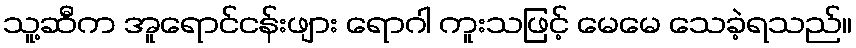
သူ့ဆီက အူရောင်ငန်းဖျား ရောဂါ ကူးသဖြင့် မေမေ သေခဲ့ရသည်။